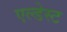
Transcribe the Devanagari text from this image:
एल्डेस्ट